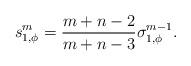
LaTeX: \begin{align*} s_{1,\phi}^m = \frac{m+n-2}{m+n-3}\sigma_{1,\phi}^{m-1} . \end{align*}